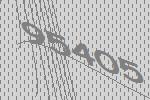
95405